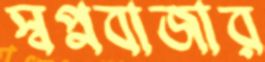
স্বপ্নবাজার